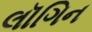
લૉગિન